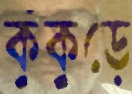
কুঁকুড়ে